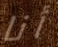
أنا